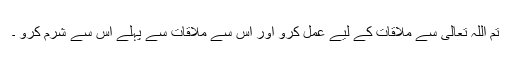
تم اللہ تعالیٰ سے ملاقات کے لیے عمل کرو اور اس سے ملاقات سے پہلے اس سے شرم کرو ۔